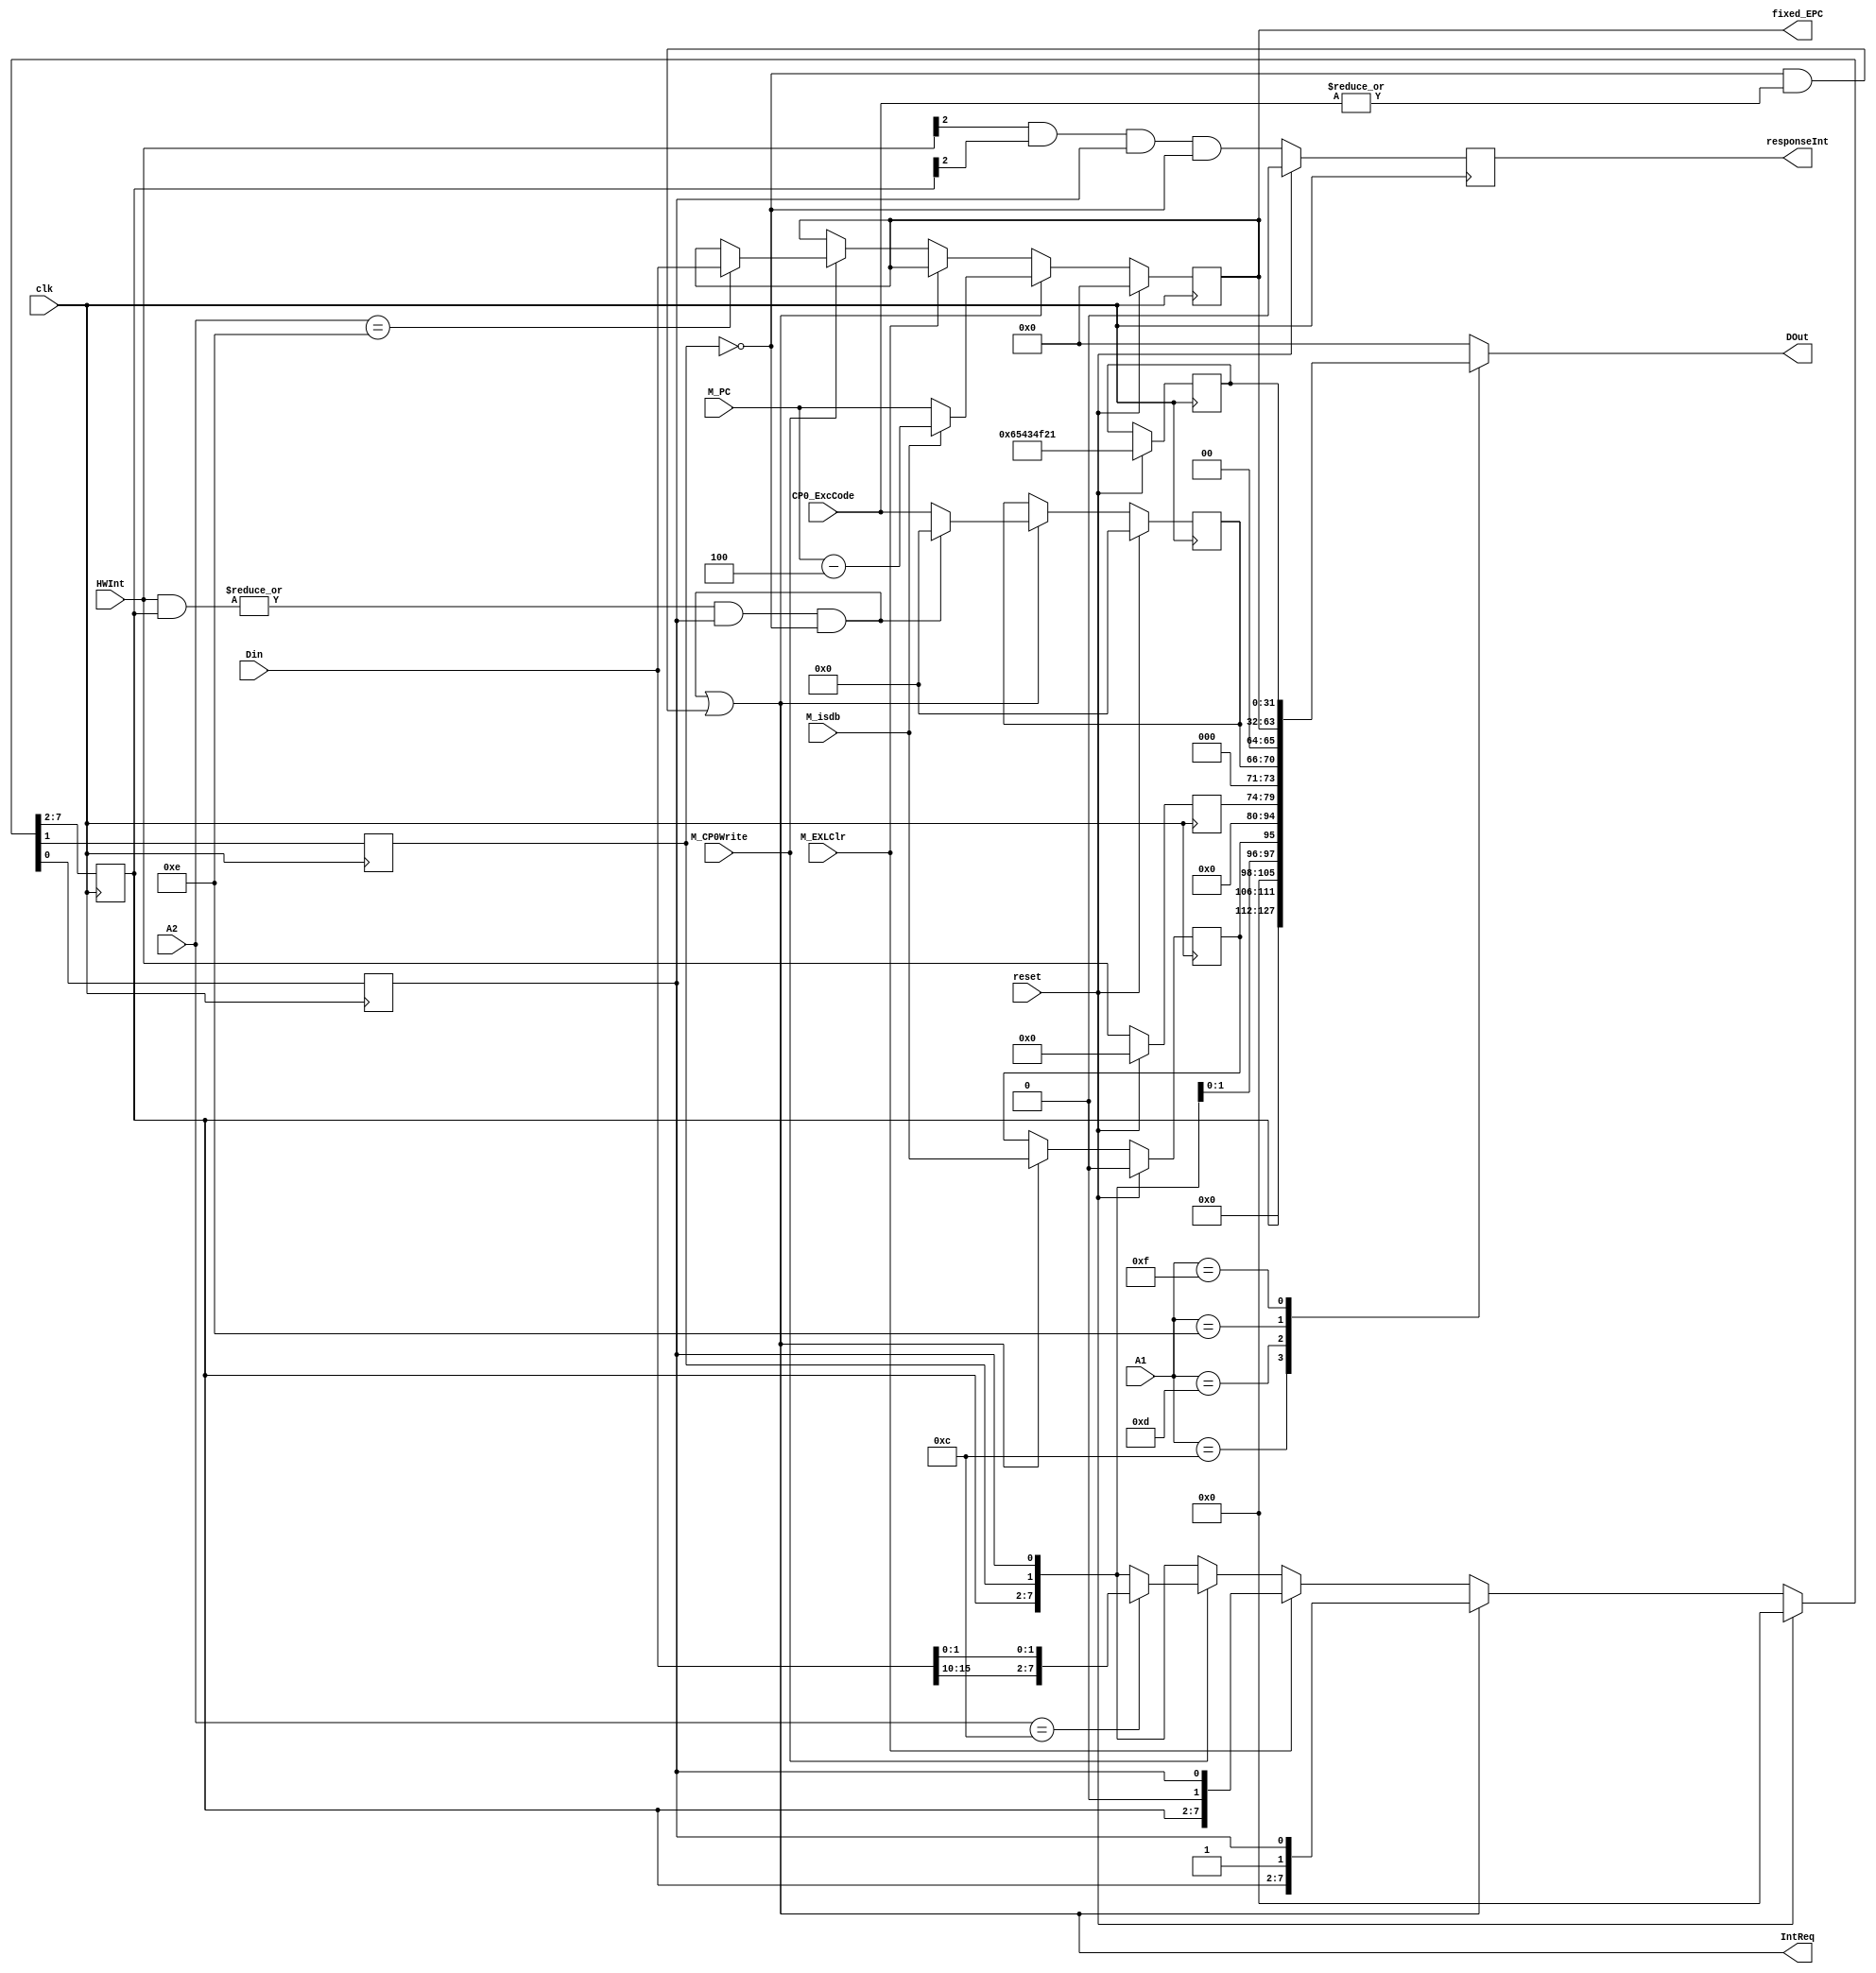
module CP0 (
    input clk,
    input reset,
    input [4:0] A1,
    input [4:0] A2,
    input [31:0] Din,
    input [31:0] M_PC,
    input [6:2] CP0_ExcCode,
    input [5:0] HWInt,
    input M_CP0Write,
    input M_EXLClr,
    input M_isdb,
    output IntReq,
    output [31:0] fixed_EPC,
    output reg [31:0] DOut,
    output reg responseInt);

    reg [31:0] EPC, PRID;
    reg [15:10] IM, IP;
    reg [6:2] ExcCode;
    reg EXL, IE, BD;
    wire [31:0] SR, Cause, next_EPC;
    wire IReq, EReq;

    assign SR = {16'h0, IM[15:10], 8'h0, EXL, IE};
    assign Cause = {BD, 15'h0, IP[15:10], 3'h0, ExcCode[6:2], 2'h0};
    assign fixed_EPC = EPC;

    assign IReq = (|(HWInt & IM)) & IE & !EXL;  
    assign EReq = !EXL & (|CP0_ExcCode);
    assign IntReq = IReq | EReq;
    assign next_responseInt = HWInt[2] & IM[12] & IE & !EXL;  
    assign next_EPC = (IntReq) ? (M_isdb ? M_PC-4 : M_PC) : EPC;

    initial begin
        {IM, EXL, IE} <= 8'h0;
        {BD, IP, ExcCode} <= 12'h0;
        EPC <= 32'h0;
        PRID <= "IloveCO!";
        responseInt <= 1'b0;
    end
    
    always @(*) begin
        case (A1)
            5'd12: DOut = SR;
            5'd13: DOut = Cause;
            5'd14: DOut = EPC;
            5'd15: DOut = PRID; 
            default: DOut = 0;
        endcase
    end

    always @(posedge clk) begin// reset ?
        if (reset) begin
            {IM, EXL, IE} <= 8'h0;
            {BD, IP, ExcCode} <= 12'h0;
            EPC <= 32'h0;
            PRID <= "IloveCO!";
            responseInt <= 1'b0;
        end
        else begin
            IP <= HWInt;
            PRID <= PRID;
            responseInt <= next_responseInt;
            if (IntReq) begin               // error or interrupt
                {IM, EXL, IE} <= {IM, 1'b1, IE};
                BD <= M_isdb;
                ExcCode <= IReq ? 5'h0 : CP0_ExcCode;
                EPC <= next_EPC;
            end
            else if (M_EXLClr) begin          // eret
                {IM, EXL, IE} <= {IM, 1'b0, IE};
                {BD, ExcCode} <= {BD, ExcCode};
                EPC <= EPC;
            end
            else if (M_CP0Write) begin      // mtc0
                    {BD, ExcCode} <= {BD, ExcCode};
                case (A2)
                    5'd12: begin
                        {IM, EXL, IE} <= {Din[15:10], Din[1], Din[0]};
                        EPC <= EPC;
                    end
                    5'd14: begin
                        {IM, EXL, IE} <= {IM, EXL, IE};
                        EPC <= Din;
                    end
                    default: begin
                        {IM, EXL, IE} <= {IM, EXL, IE};
                        EPC <= EPC;
                    end
                endcase
            end
            else begin
                {IM, EXL, IE} <= {IM, EXL, IE};
                {BD, ExcCode} <= {BD, ExcCode};
                EPC <= EPC;
            end
        end
    end

    
endmodule